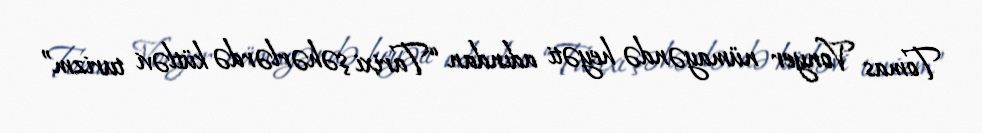
Tomas Vonyer nümayəndə heyəti adından “Tarixi şəhərlərdə kütləvi turizm”